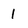
Character: 1